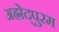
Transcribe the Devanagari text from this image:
अह्मेद्पुरम